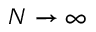
N \rightarrow \infty